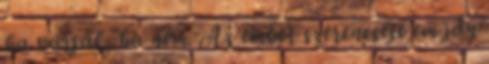
ha várják, ha nem. Az ember szerencséje em jđn